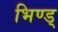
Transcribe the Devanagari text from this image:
भिण्ड्